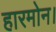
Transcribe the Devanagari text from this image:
हारमोन।